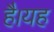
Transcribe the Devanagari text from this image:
हैै।यह